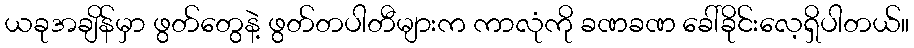
ယခုအချိန်မှာ ဖွတ်တွေနဲ့ ဖွတ်တပါတီများက ကာလုံကို ခဏခဏ ခေါ်ခိုင်းလေ့ရှိပါတယ်။